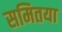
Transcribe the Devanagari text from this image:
समितया